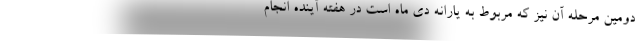
دومین مرحله آن نیز که مربوط به یارانه دی ماه است در هفته آینده انجام